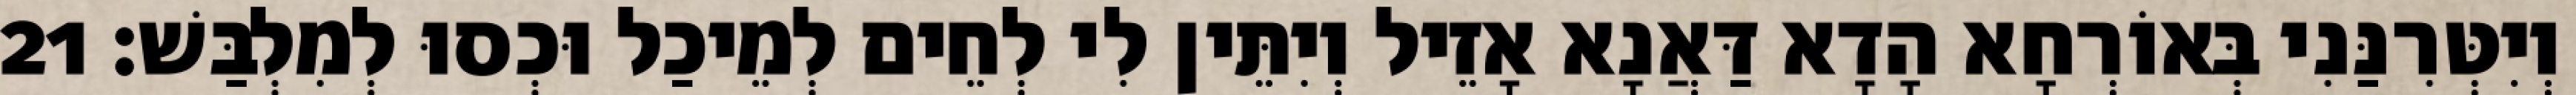
וְיִטְּרִנַּנִי בְּאוֹרְחָא הָדָא דַּאֲנָא אָזֵיל וְיִתֵּין לִי לְחֵים לְמֵיכַל וּכְסוּ לְמִלְבַּשׁ׃ 21